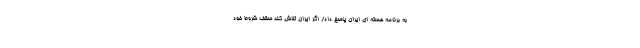
به برنامه هسته ای ایران پاسخ داد/ اگر ایران تلاش کند سقف شروط خود